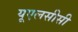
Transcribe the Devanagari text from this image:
यूएलसीसी